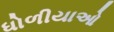
ધોળીયાઓ